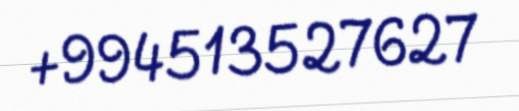
+994513527627